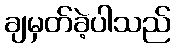
ချမှတ်ခဲ့ပါသည်